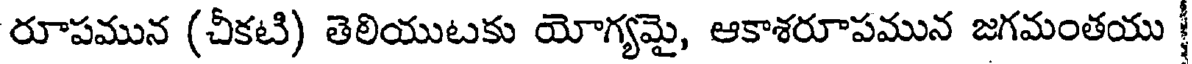
రూపమున (చీకటి) తెలియుటకు యోగ్యమై, ఆకాశరూపమున జగమంతయు